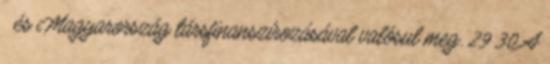
és Magyarország társfinanszírozásával valósul meg. 29 30 A